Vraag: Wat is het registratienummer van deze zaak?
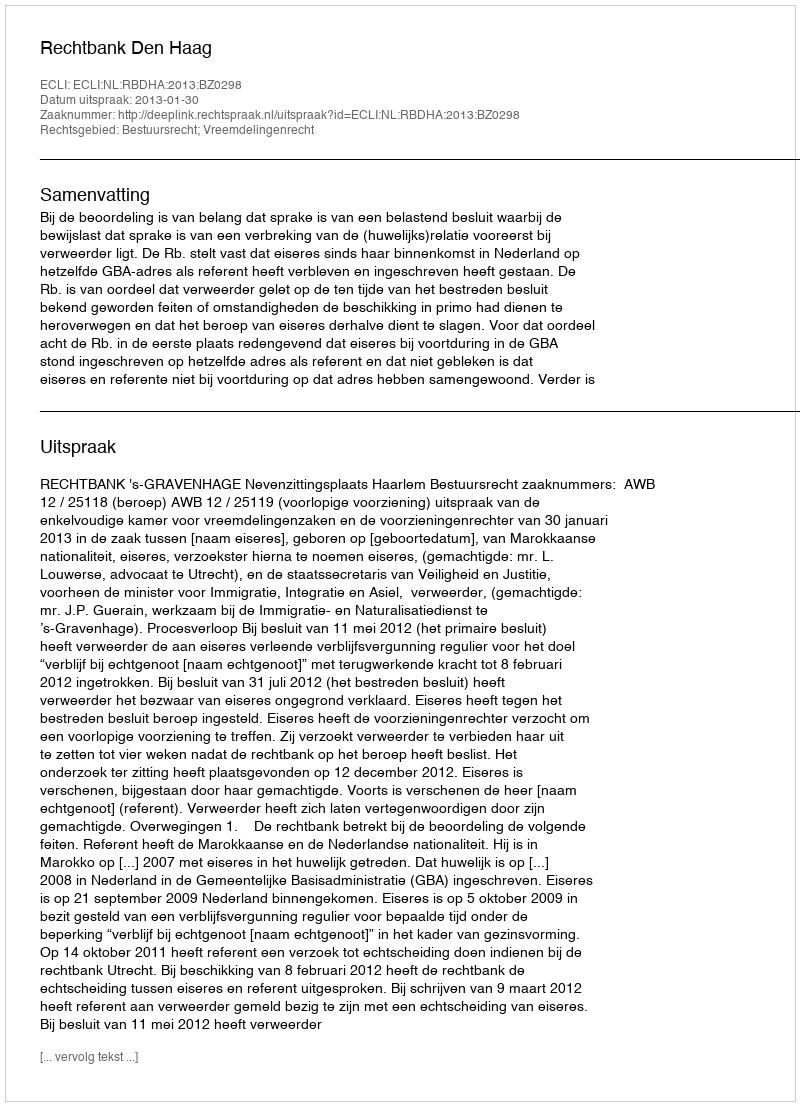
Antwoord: http://deeplink.rechtspraak.nl/uitspraak?id=ECLI:NL:RBDHA:2013:BZ0298